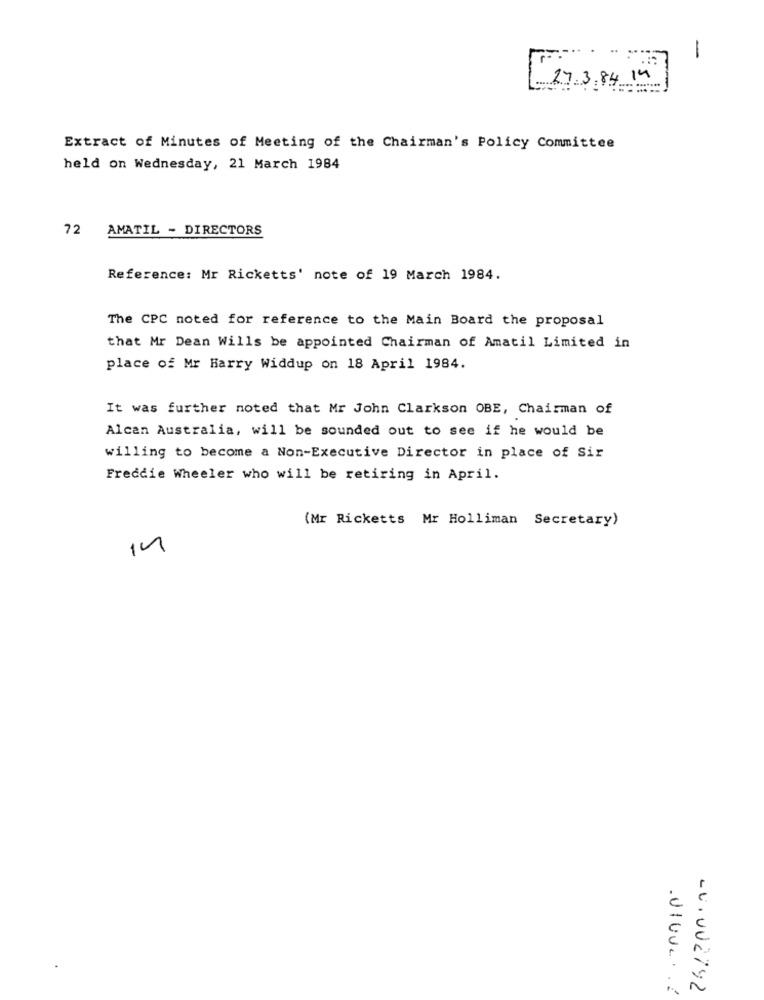
-
27.3, 84 14
Extract of Minutes of Meeting of the Chairman's Policy Committee
held on Wednesday, 21 March 1984
72
AMATIL - DIRECTORS
Reference: Mr Ricketts' note of 19 March 1984.
The CPC noted for reference to the Main Board the proposal
that Mr Dean Wills be appointed Chairman of Amatil Limited in
place of Mr Harry Widdup on 18 April 1984.
It was further noted that Mr John Clarkson OBE, Chairman of
Alcan Australia, will be sounded out to see if he would be
willing to become a Non-Executive Director in place of Sir
Freddie Wheeler who will be retiring in April.
(Mr Ricketts Mr Holliman Secretary)
14
LV.002792